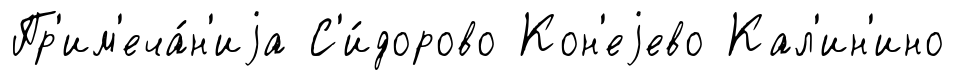
Пр'им'еча́н'иjа С'и́дорово Кон'еjево Кал'ин'ино